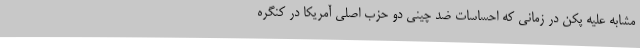
مشابه علیه پکن در زمانی که احساسات ضد چینی دو حزب اصلی آمریکا در کنگره